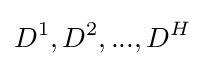
D^{1},D^{2},...,D^{H}